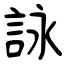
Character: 詠